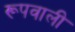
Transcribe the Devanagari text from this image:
रूपवाली